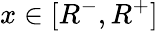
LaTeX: x\in[R^{-},R^{+}]